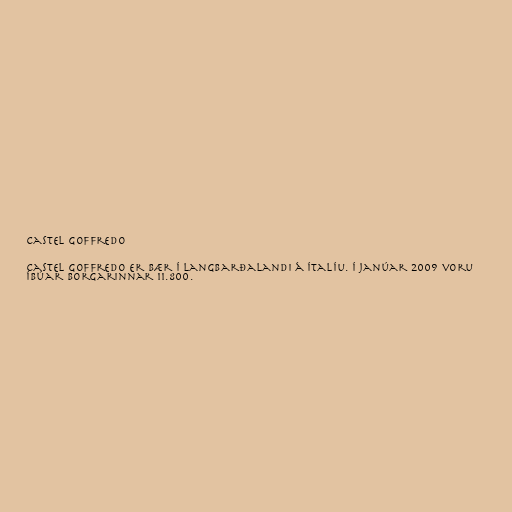
Castel Goffredo

Castel Goffredo er bær í Langbarðalandi á Ítalíu. Í janúar 2009 voru
íbúar borgarinnar 11.800.